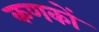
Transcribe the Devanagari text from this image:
कणकों